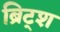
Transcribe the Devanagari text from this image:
ब्रिट्श